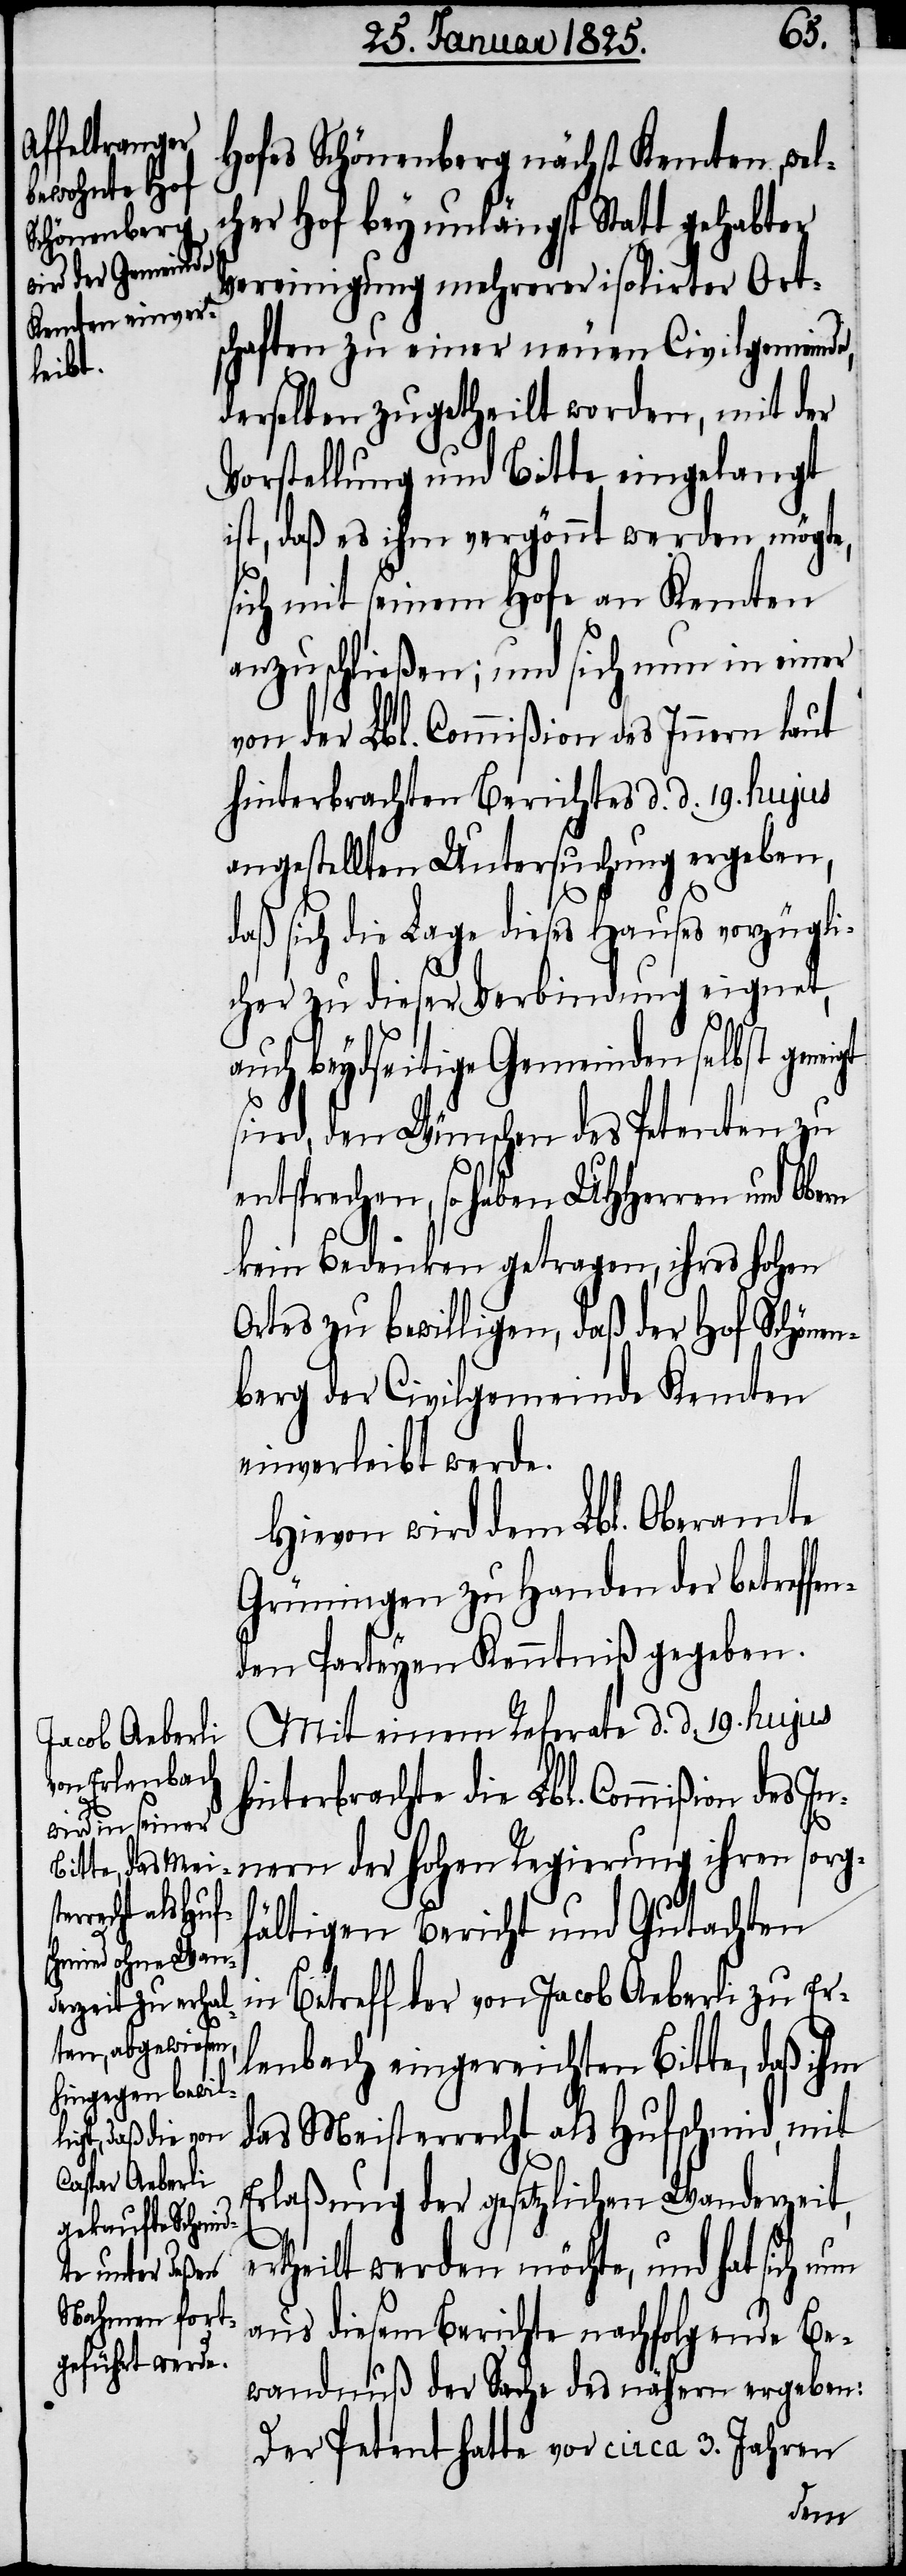
eigt

Hofes Schönenberg nächst Kemten, wel¬
cher Hof bey unlängst Statt gehabter
Vereinigung mehrerer isolirter Ort¬
schaften zu einer neuen Civilgemeinde,
derselben zugetheilt worden, mit der
Vorstellung und Bitte eingelangt
ist, daß es ihm vergönnt werden möchte,
sich mit seinem Hofe an Kemten
anzuschließen; und sich nun in einer
von der Lbl. Commißion des Innern laut
hinterbrachten Berichtes d. d. 19. hujus
angestellten Untersuchung ergeben,
daß sich die Lage dieses Hauses vorzügli¬
cher zu dieser Verbindung eignet,
auch beydseitige Gemeinden selbst gen¬
sind, den Wünschen des Petenten zu
entsprechen, so haben UHHerren und Obern
kein Bedenken getragen, ihres hohen
Ortes zu bewilligen, daß der Hof Schönen¬
berg der Civilgemeinde Kemten
einverleibt werde.
Hievon wird dem Lbl. Oberamte
Grüningen zu Handen der betreffe¬
nden Parteyen Kenntniß gegeben.
Mit einem Referate d. d. 19. hujus
hinterbrachte die Lbl. Commißion des
Innern der hohen Regierung ihren sorg¬
fältigen Bericht und Gutachten
in Betreff der von Jacob Aeberli zu Er¬
lenbach eingereichten Bitte, daß ihm
das Meisterrecht als Hufschmid, mit
Erlaßung der gesetzlichen Wanderzeit,
ertheilt werden möchte, und hat sich nun
aus diesem Berichte nachfolgende Be¬
wandnuß der Sache des nähern ergeben:
Der Petent hatte vor circa 3. Jahren